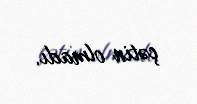
çətin olmadı.